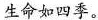
生命如四季。